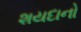
શયદાનો